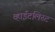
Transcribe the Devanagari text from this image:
व्हाईटलिस्ट